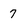
Character: 7